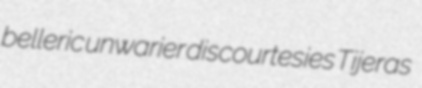
belleric unwarier discourtesies Tijeras